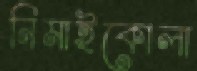
নিমাইকোলা